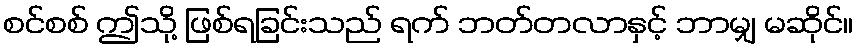
စင်စစ် ဤသို့ ဖြစ်ရခြင်းသည် ရက် ဘတ်တလာနှင့် ဘာမျှ မဆိုင်။